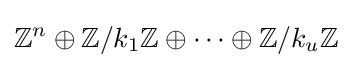
\mathbb {Z} ^{n}\oplus \mathbb {Z} /{k_{1}}\mathbb {Z} \oplus \cdots \oplus \mathbb {Z} /{k_{u}}\mathbb {Z}